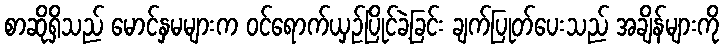
စာဆိုရှိသည် မောင်နှမများက ဝင်ရောက်ယှဉ်ပြိုင်ခဲ့ခြင်း ချက်ပြုတ်ပေးသည် အချိန်များကို